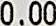
0.00